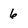
Character: 6